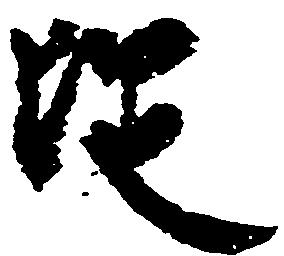
従